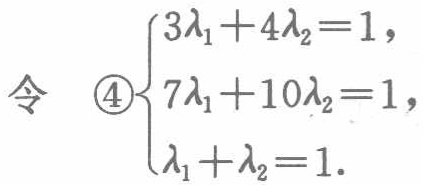
令 \textcircled{4}$\begin{cases}3\lambda_1 + 4\lambda_2 = 1,\\7\lambda_1 + 10\lambda_2 = 1,\\\lambda_1+\lambda_2 = 1.\end{cases}$